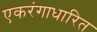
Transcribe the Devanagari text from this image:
एकरंगाधारित